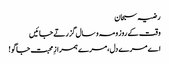
رضیہ سبحان
وقت کے روز و مہ و سال گزرتے جائیں
اے مرے دل،مرے ہمرازِ محبت جاگو !